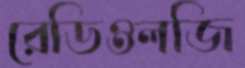
রেডিওলজি